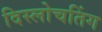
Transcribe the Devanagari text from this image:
दिस्लोचतिंग